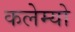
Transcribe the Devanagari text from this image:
कलेम्यो